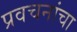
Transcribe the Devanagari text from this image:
प्रवचनांचा